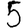
Digit: 5